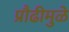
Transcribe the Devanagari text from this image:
प्रौढीमुळे